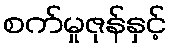
စက်မှုဇုန်နှင့်